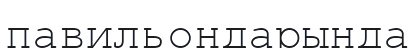
павильондарында